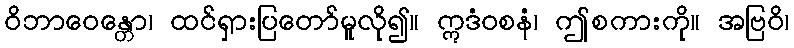
ဝိဘာဝေန္တော၊ ထင်ရှားပြတော်မူလို၍။ ဣဒံဝစနံ၊ ဤစကားကို။ အဗြဝိ၊